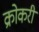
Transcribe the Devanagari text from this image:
क्रोकरी